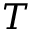
T